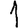
Digit: 1